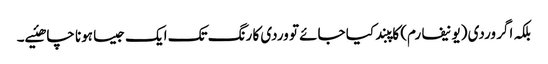
بلکہ اگر وردی (یونیفارم) کاپبند کیا جائے تو وردی کا رنگ تک ایک جیسا ہونا چاھئیے۔